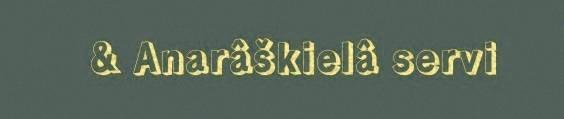
& Anarâškielâ servi